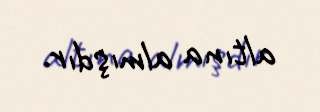
altına almışdır.